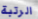
الرتبة